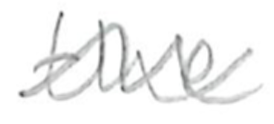
Text: the
Cross-out: wave
Writing tool: pencil